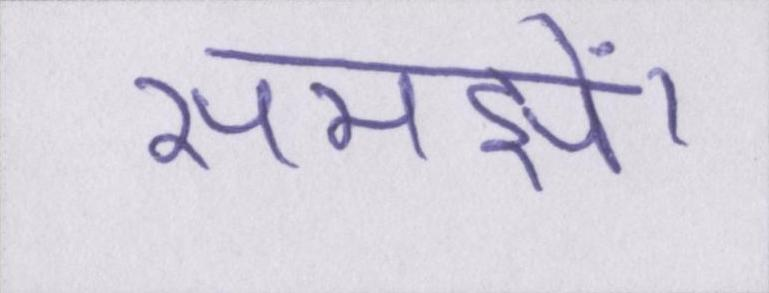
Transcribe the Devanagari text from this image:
समझें।